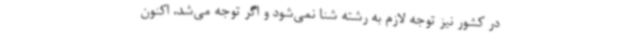
در کشور نیز توجه لازم به رشته شنا نمی‌شود و اگر توجه می‌شد، اکنون